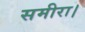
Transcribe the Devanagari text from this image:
समीरा।